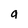
Character: g